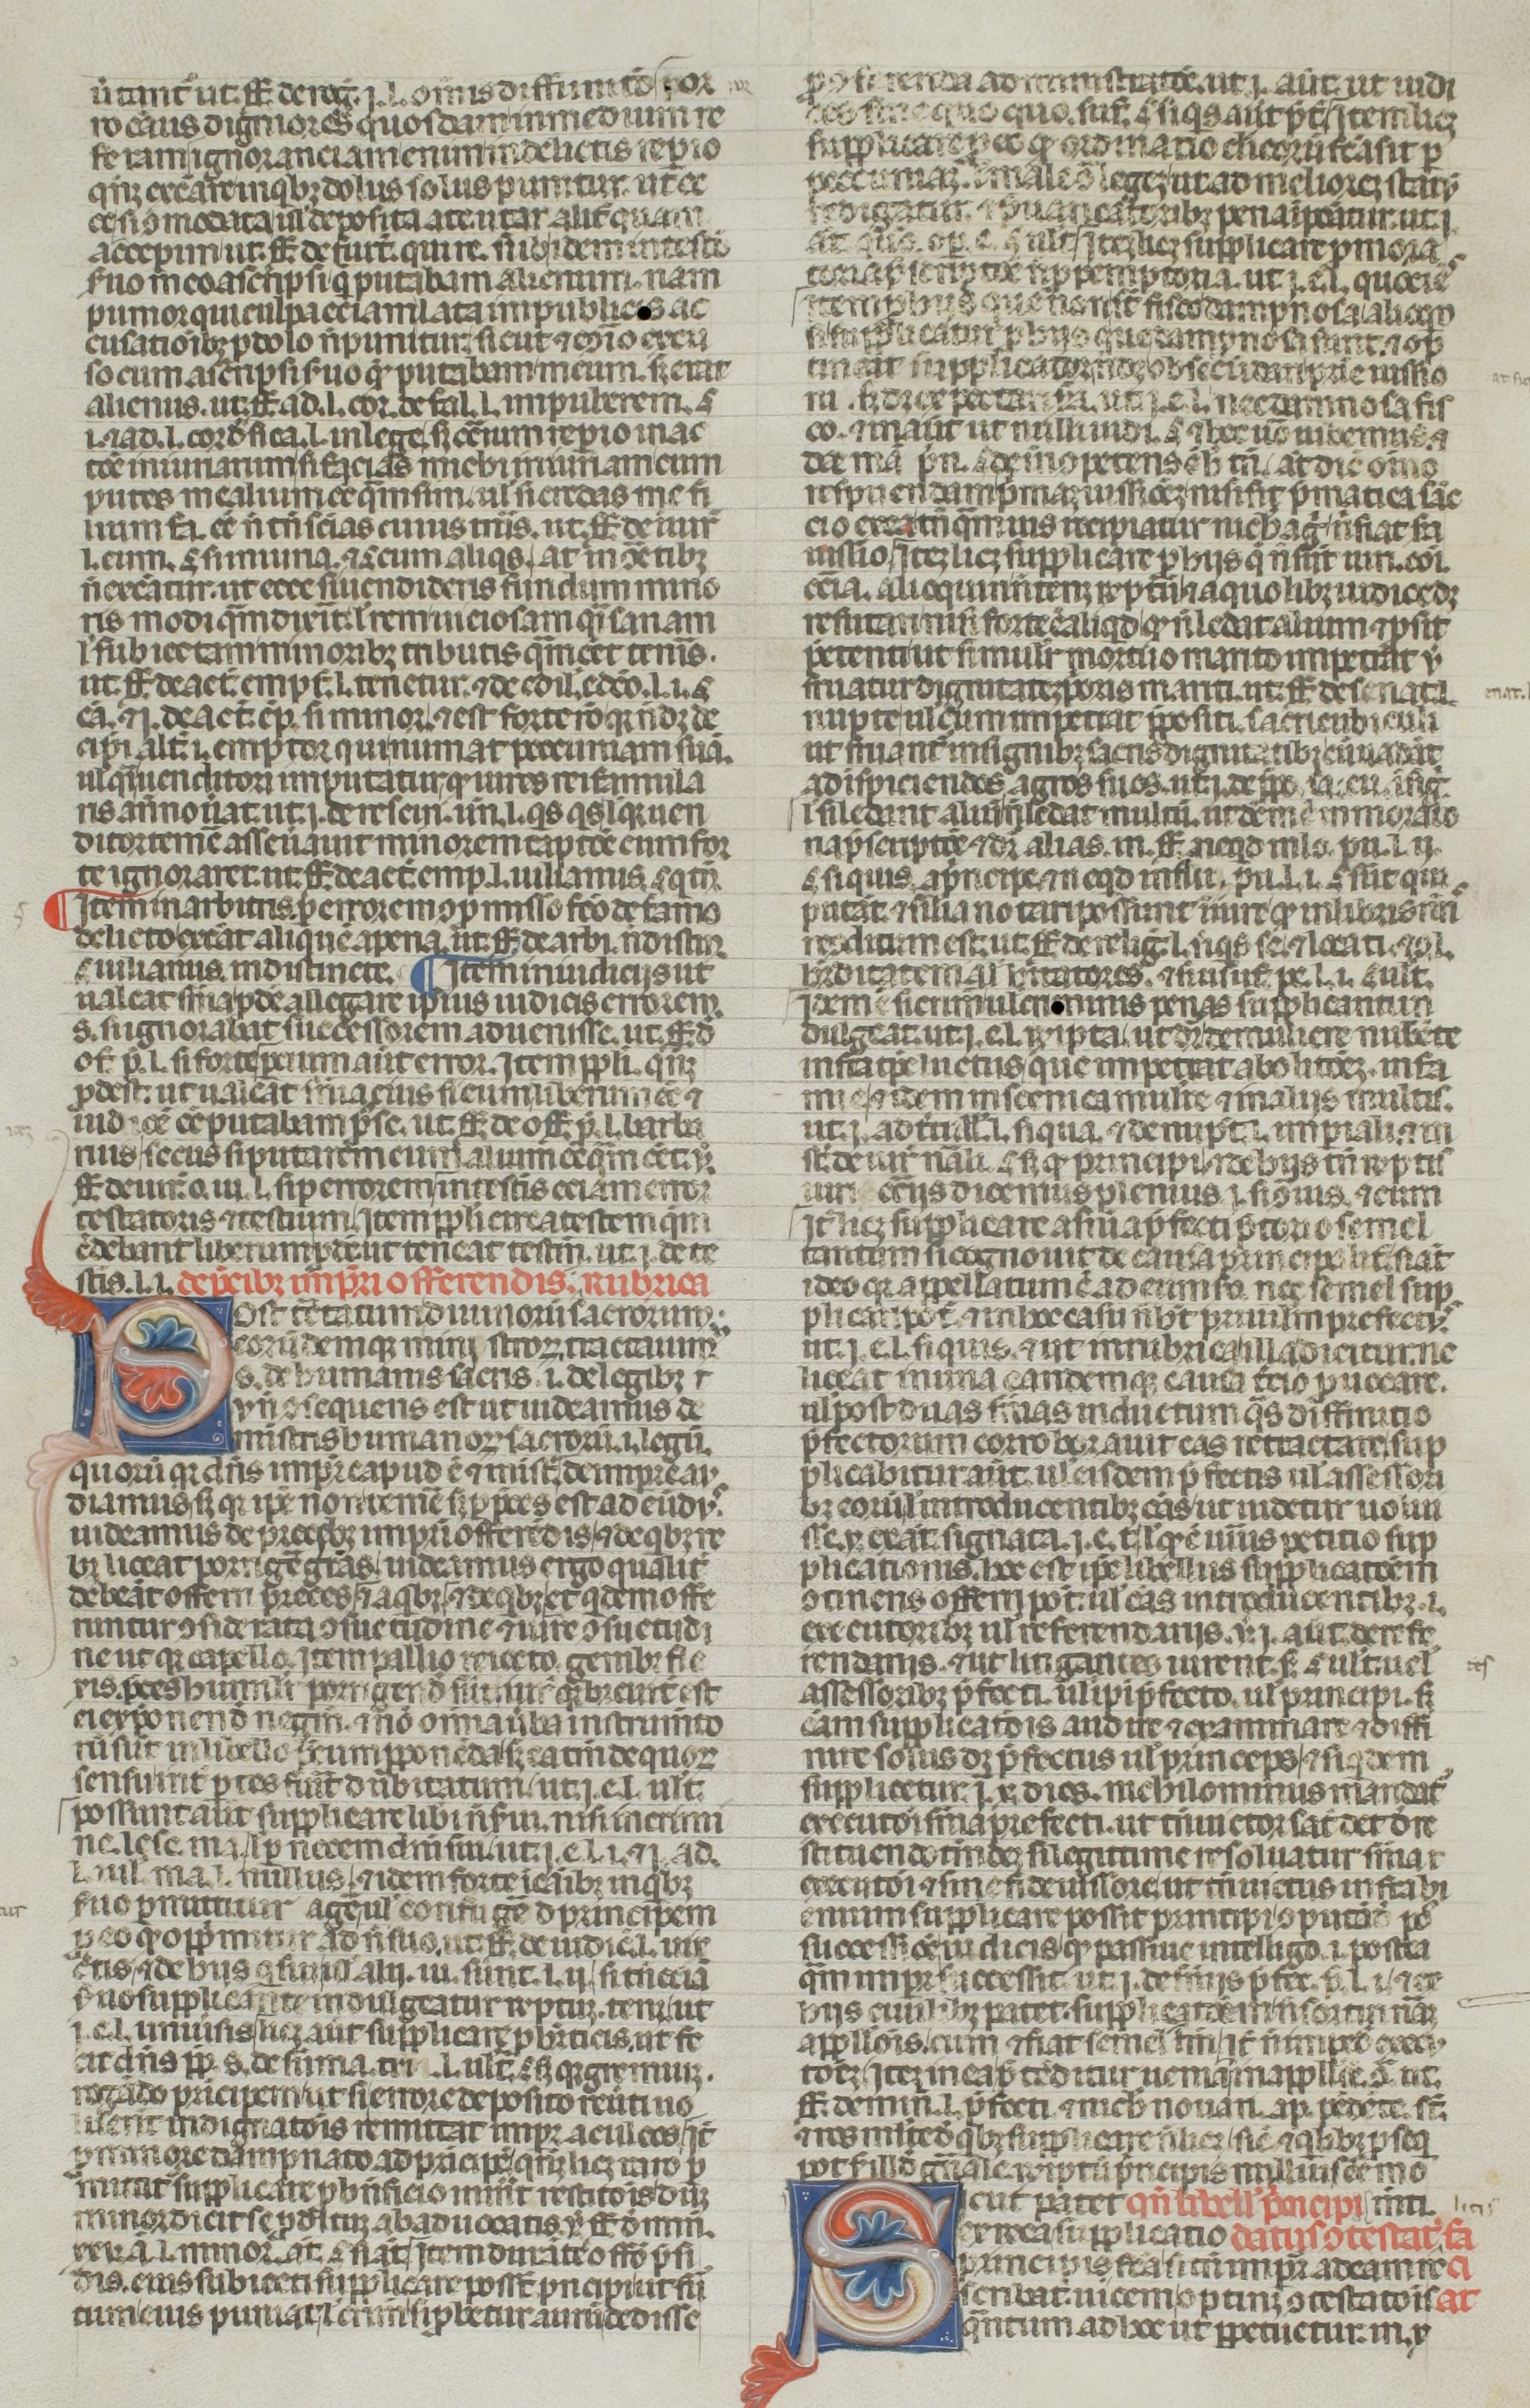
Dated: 1300–1399